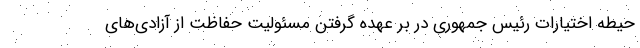
حیطه اختیارات رئیس‌ جمهوری در بر عهده گرفتن مسئولیت حفاظت از آزادی‌های